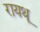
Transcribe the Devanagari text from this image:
रायथू